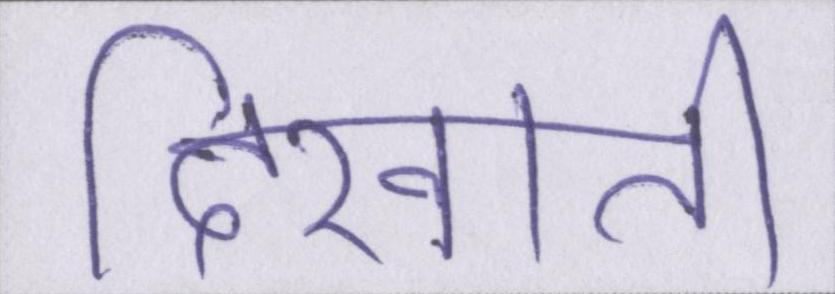
दिखाती